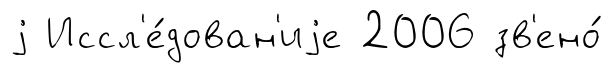
j Иссл'е́дован'иjе 2006 зв'ено́